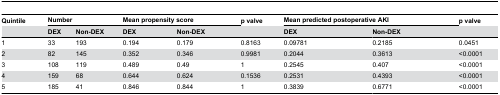
<table><thead><tr><td><b>Quintile</b></td><td colspan="2"><b>Number</b></td><td colspan="2"><b>Mean propensity score</b></td><td><b>p valve</b></td><td colspan="2"><b>Mean predicted postoperative AKI</b></td><td><b>p valve</b></td></tr><tr><td></td><td><b>DEX</b></td><td><b>Non-DEX</b></td><td><b>DEX</b></td><td><b>Non-DEX</b></td><td></td><td><b>DEX</b></td><td><b>Non-DEX</b></td><td></td></tr></thead><tbody><tr><td>1</td><td>33</td><td>193</td><td>0.194</td><td>0.179</td><td>0.8163</td><td>0.09781</td><td>0.2185</td><td>0.0451</td></tr><tr><td>2</td><td>82</td><td>145</td><td>0.352</td><td>0.346</td><td>0.9981</td><td>0.2044</td><td>0.3613</td><td>&lt;0.0001</td></tr><tr><td>3</td><td>108</td><td>119</td><td>0.489</td><td>0.49</td><td>1</td><td>0.2545</td><td>0.407</td><td>&lt;0.0001</td></tr><tr><td>4</td><td>159</td><td>68</td><td>0.644</td><td>0.624</td><td>0.1536</td><td>0.2531</td><td>0.4393</td><td>&lt;0.0001</td></tr><tr><td>5</td><td>185</td><td>41</td><td>0.846</td><td>0.844</td><td>1</td><td>0.3839</td><td>0.6771</td><td>&lt;0.0001</td></tr></tbody></table>